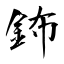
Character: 鈽